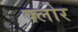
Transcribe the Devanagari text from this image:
क्लोर